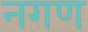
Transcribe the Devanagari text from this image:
नगण